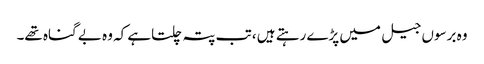
وہ برسوں جیل میں پڑے رہتے ہیں ، تب پتہ چلتاہے کہ وہ بے گناہ تھے۔